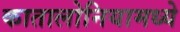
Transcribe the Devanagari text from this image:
कातालोनियामध्ये